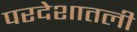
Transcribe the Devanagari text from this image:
परदेशातली